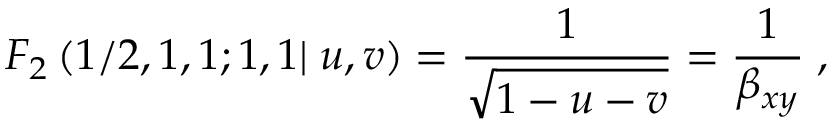
F _ { 2 } \left( 1 / 2 , 1 , 1 ; 1 , 1 | \; u , v \right) = \frac { 1 } { \sqrt { 1 - u - v } } = \frac { 1 } { \beta _ { x y } } \; ,